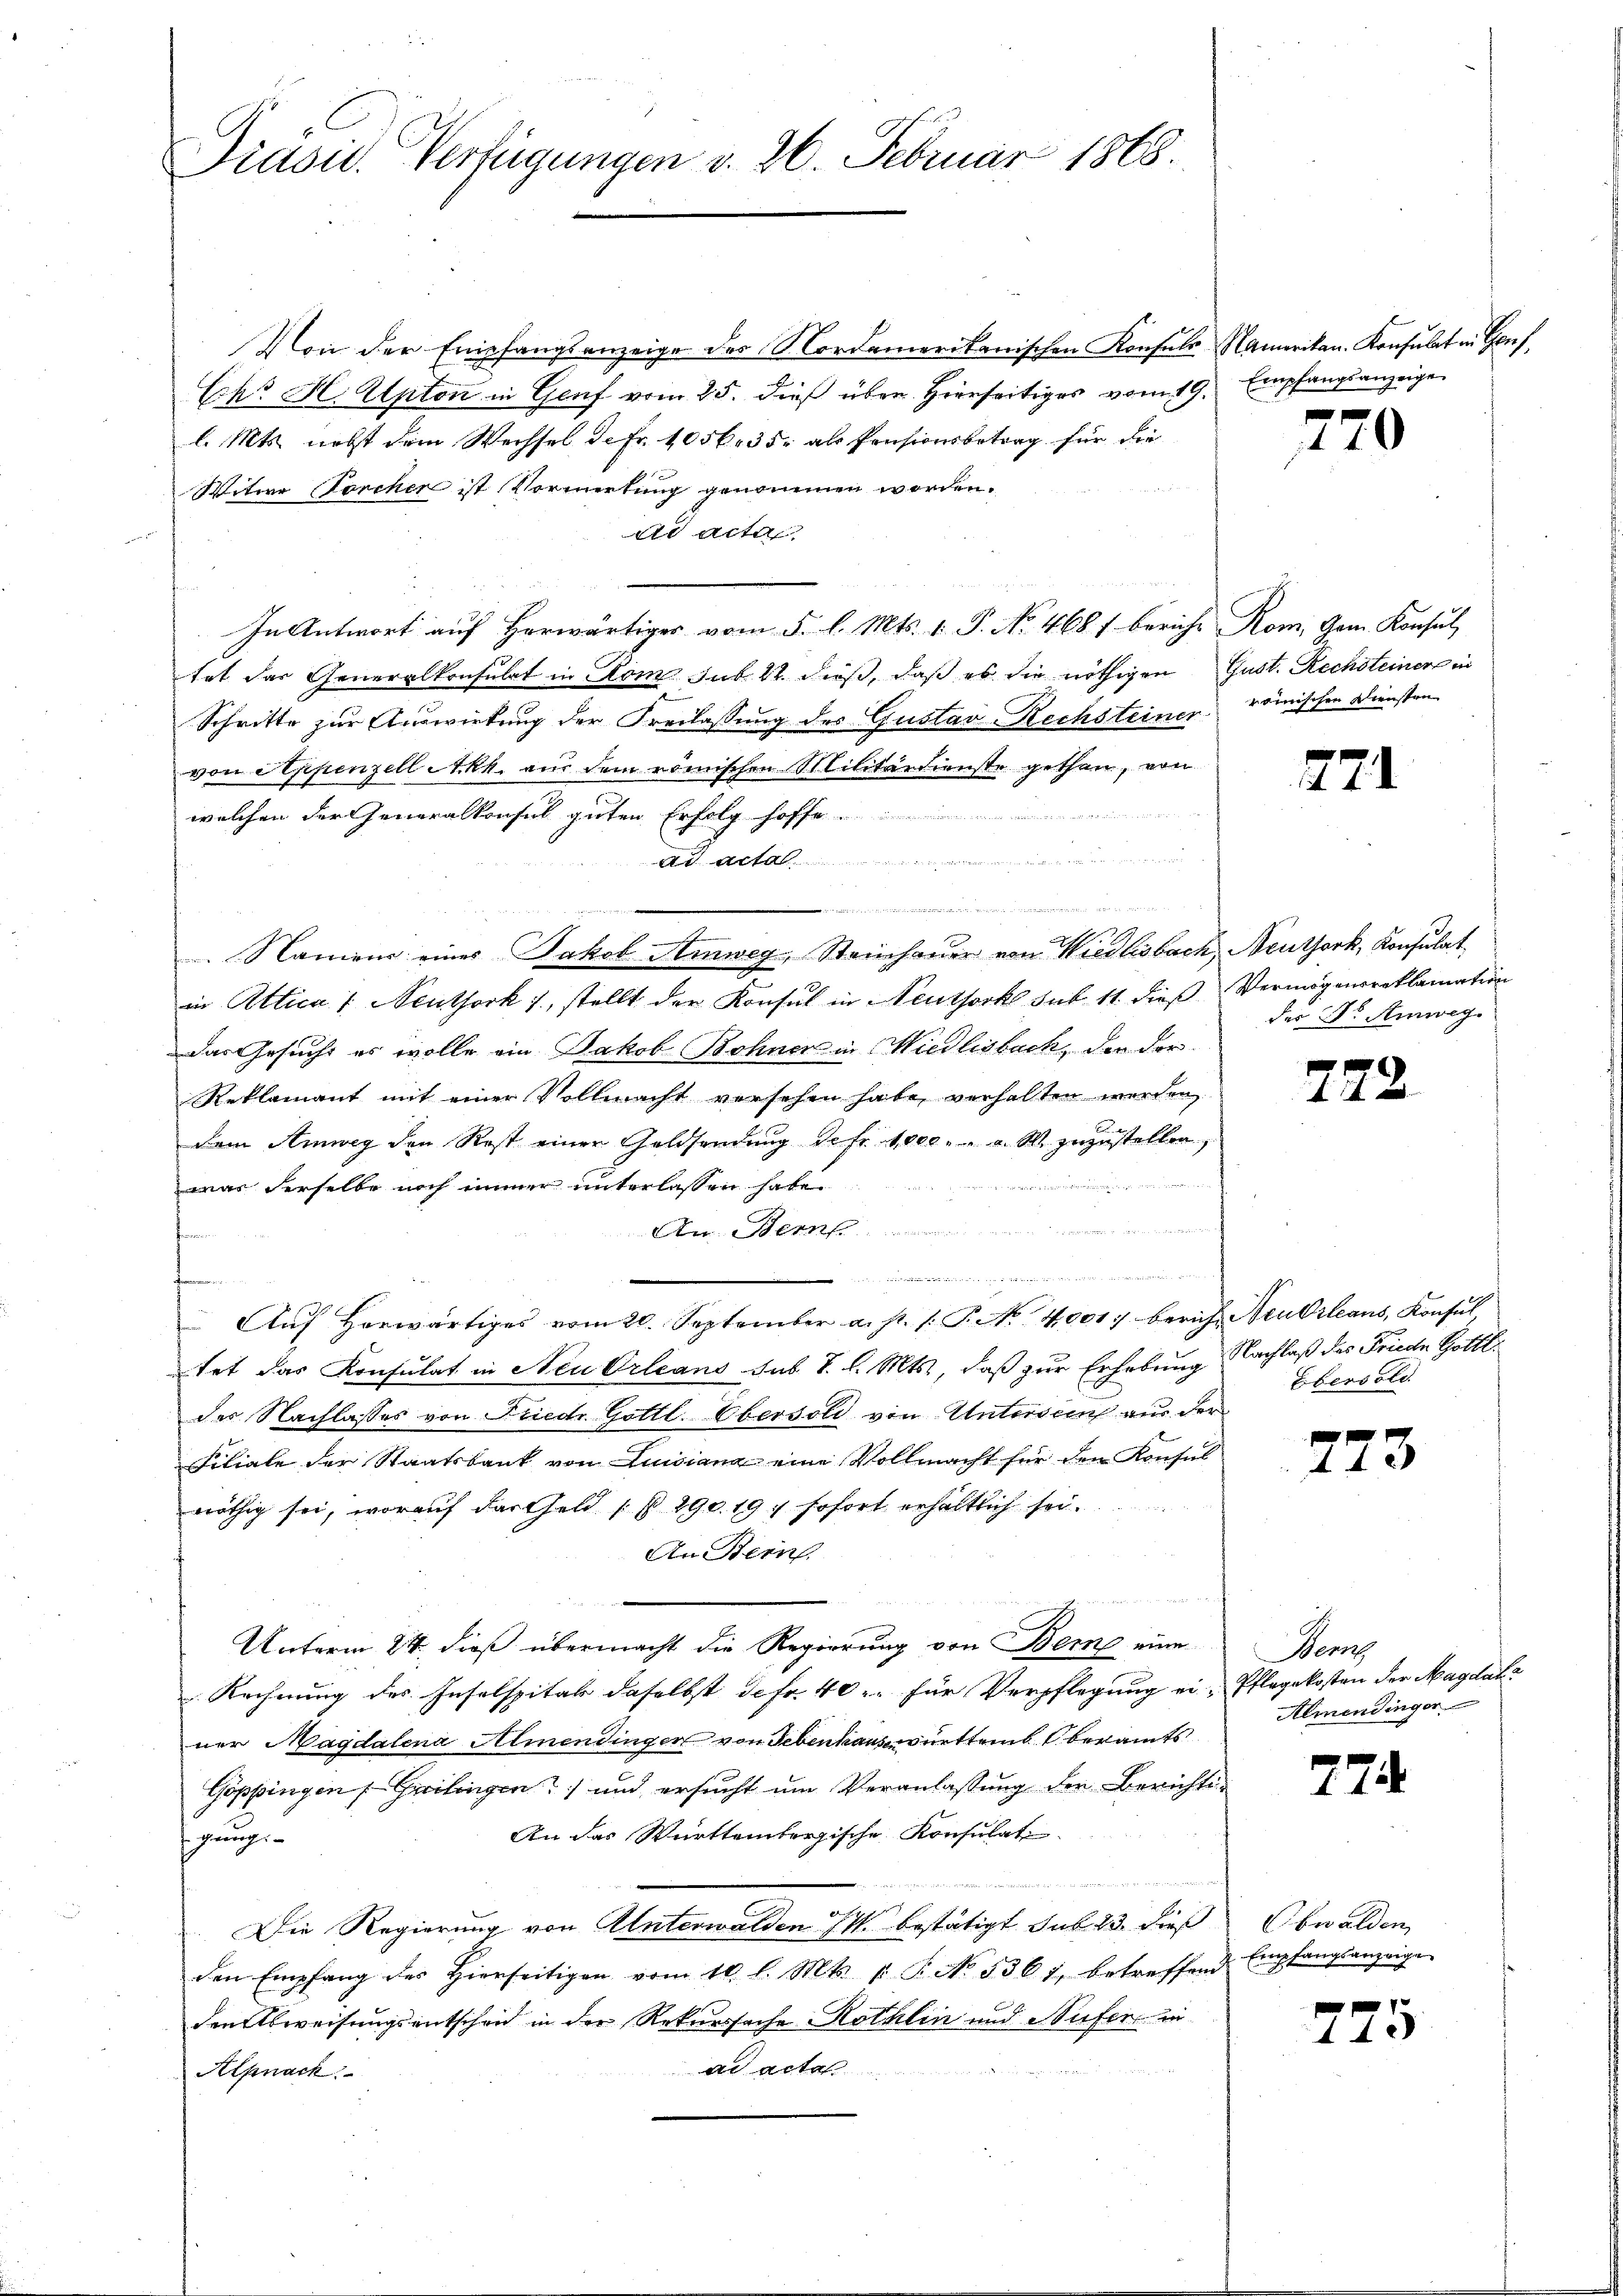
Präsid. Verfügungen v. 26. Februar 1868.

Von der Empfangsanzeige des Mordamerikanischen Konsuls Namerikan. Konsulat in Genf,
Echo H. Ulpton in Genf vom 25. dieß über Hierseitiges vom 19.
l. Mts. nebst dem Wechsel de Fr. 1056. 35. als Pensionsbetrag für die
Witwe Forcher ist Vormerkung genommen worden.
dl acte
f
In Antwort auf Horwärtiger vom 5. l. Mts. 1. P. No. 468 / bericht Rom. Gem. Konsul
tat das Generalkonsulat in Rom sub 22. dieß, daß es die nöthigen Gust. Rechsteiner in
Schritte zur Auswirkung der Freilassung des Gustav Rechsteiner römischen Diensten
von Appenzell Akk. aus dem römischen Militärdienste gethan, von
welchen der Generalkonsul guten Erfolg hoffe
A.
 sie ich einen diesen wenn e
Namens eines Jakob Amweg, Steinhauer von Wiedlisbach, Neuthork, Konsulat
in Attica /: Neuthork 7, stellt der Konsul in Neuthork sub 11. dieß Vermögensreklamation
das Gesucht es wolle ein Jakob Bohner in Wiedlisbach, den der
Reklamant mit einer Vollmacht versehen habe verhalten werden
dem Amweg den Rest einer Goldsendung defr. 1000.- a. W. zuzustellen,
was derselbe noch immer unterlassen habe.
Am ern
nenen
 Aŭf herwärtiges vom 20. September a. p. /: P. No. 4001. berich Neubrleans, Konsul,
tet das Konsulat in Neu Orleans sub. V. l. Mts., daß zur Erhebung Nachlaß des Friede Gottl.
des Nachlasses von Friedr Gottl. Obersoli von Unterseen aus der
Filiale der Staatsbank von Luisiana eine Vollmacht für den Konsul
nöthig sei, worauf das Geld (§ 290. 197 sofort erhältlich sei.
An Dein
Unterm 24. dieß übermacht die Regierung von Bem eine
Rechnung des Inselspital daselbst defr. 40. für Verpflegung ei-Pflegekosten der Magdale
ner Magdalena Almendingen von Lebenhaus württem Oberamts
Göppingen Geilingen) und ersucht um Veranlassung der Berichti¬
An das Württembergische Konsulat
gierung
n
Die Regierung von Unterwalden M. bestätigt. sub 23. dieß
den Empfang des hierseitigen vom 10. l. Mts. v. P. No. 5361, betreffend
densweisungsentscheid in der Rekurssache Röthlin und Aufen in
ad acta
Alpnach

Empfangsanzeige

770

771

der Dr. Amweg

772

Ebensold.

7
A 4 x

Heng
Almendinger

774

Obwalden,
Empfangsanzeige

775